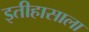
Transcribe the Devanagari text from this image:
इतीहासाला